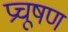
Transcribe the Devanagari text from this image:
प्रचूषण